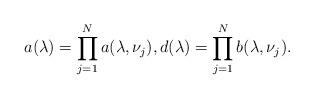
LaTeX: \begin{align*}a (\lambda)= \prod_{j=1}^{N} a (\lambda, \nu_j), d (\lambda)= \prod_{j=1}^{N} b (\lambda, \nu_j).\end{align*}